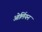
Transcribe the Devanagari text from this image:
ओर्लियन